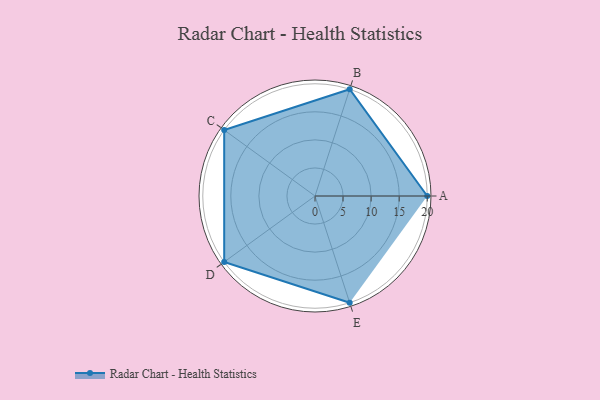
{"axis": {"x": "Skill", "y": "Score"}, "legend": ["Profile"], "data": [{"x": "A", "y": 20.0, "type": "Profile"}, {"x": "B", "y": 20, "type": "Profile"}, {"x": "C", "y": 20, "type": "Profile"}, {"x": "D", "y": 20, "type": "Profile"}, {"x": "E", "y": 20, "type": "Profile"}]}